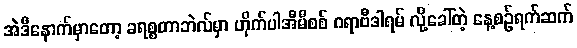
အဲဒီနောက်မှာတော့ ခရစ္စတာဘဲလ်မှာ ဟိုက်ပါအီမီစစ် ဂရာဗီဒါရမ် လို့ခေါ်တဲ့ နေ့စဉ်ရက်ဆက်